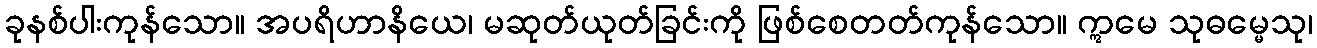
ခုနစ်ပါးကုန်သော။ အပရိဟာနိယေ၊ မဆုတ်ယုတ်ခြင်းကို ဖြစ်စေတတ်ကုန်သော။ ဣမေ သုဓမ္မေသု၊